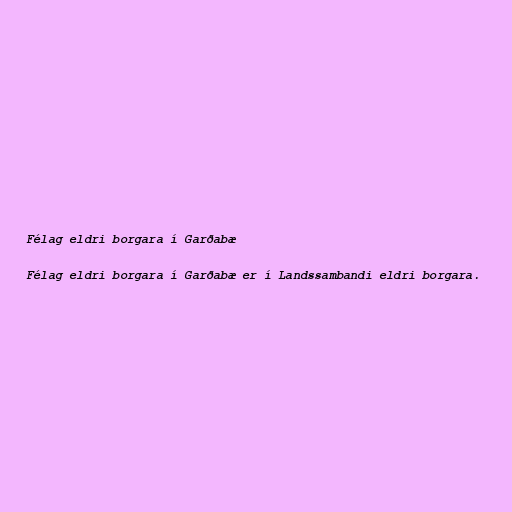
Félag eldri borgara í Garðabæ

Félag eldri borgara í Garðabæ er í Landssambandi eldri borgara.